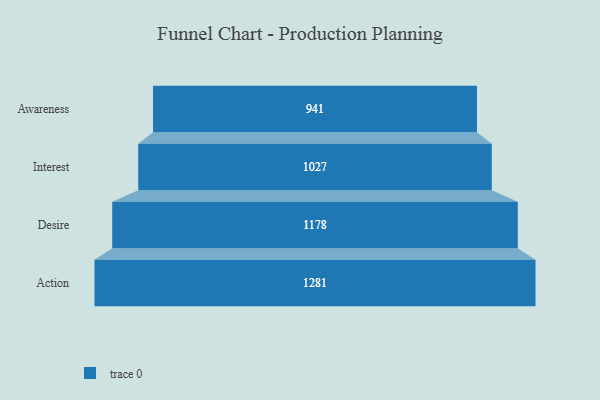
{"axis": {"x": "Stage", "y": "Value"}, "legend": [""], "data": [{"x": "Awareness", "y": 941.0, "type": ""}, {"x": "Interest", "y": 1027.0, "type": ""}, {"x": "Desire", "y": 1178.0, "type": ""}, {"x": "Action", "y": 1281.0, "type": ""}]}